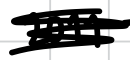
Text: 2011
Cross-out: scratch
Writing tool: digital_black